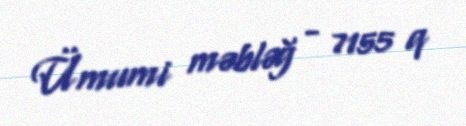
Ümumi məbləğ - 7155 q